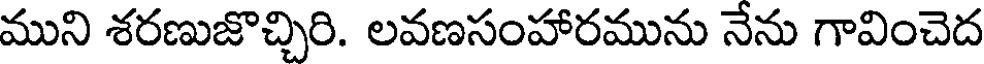
ముని శరణుజొచ్చిరి. లవణసంహారమును నేను గావించెద